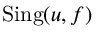
\operatorname { S i n g } ( u , f )